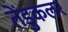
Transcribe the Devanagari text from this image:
तेंडुकलर